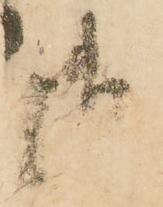
御